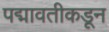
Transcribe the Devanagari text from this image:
पद्मावतीकडून